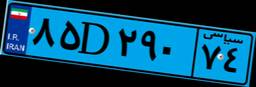
۸۵D۲۹۰۷۴